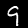
Digit: 9